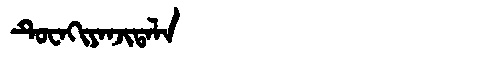
Manchu: ᡨᡠᠸᠠᡴᡳᠶᠠᠨᠵᡳᡨᠠᠯᠠ
Romanization: TUWAKIYANJITALA